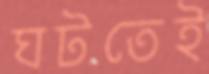
ঘটতেই